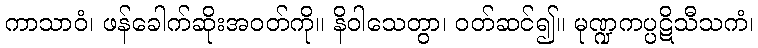
ကာသာဝံ၊ ဖန်ခေါက်ဆိုးအဝတ်ကို။ နိဝါသေတွာ၊ ဝတ်ဆင်၍။ မုဏ္ဍကပ္ပဋိသီသကံ၊